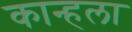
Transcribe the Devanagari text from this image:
कान्हला